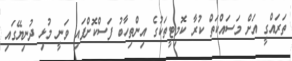
ތަރައްގީ އަށް މަސައްކަތް ކުރާ ކޮމިޓީތަކުގެ އިންތިހާބު ފަސްކޮށްފައި ވަނީ މުޅި ދުނިޔޭގައި